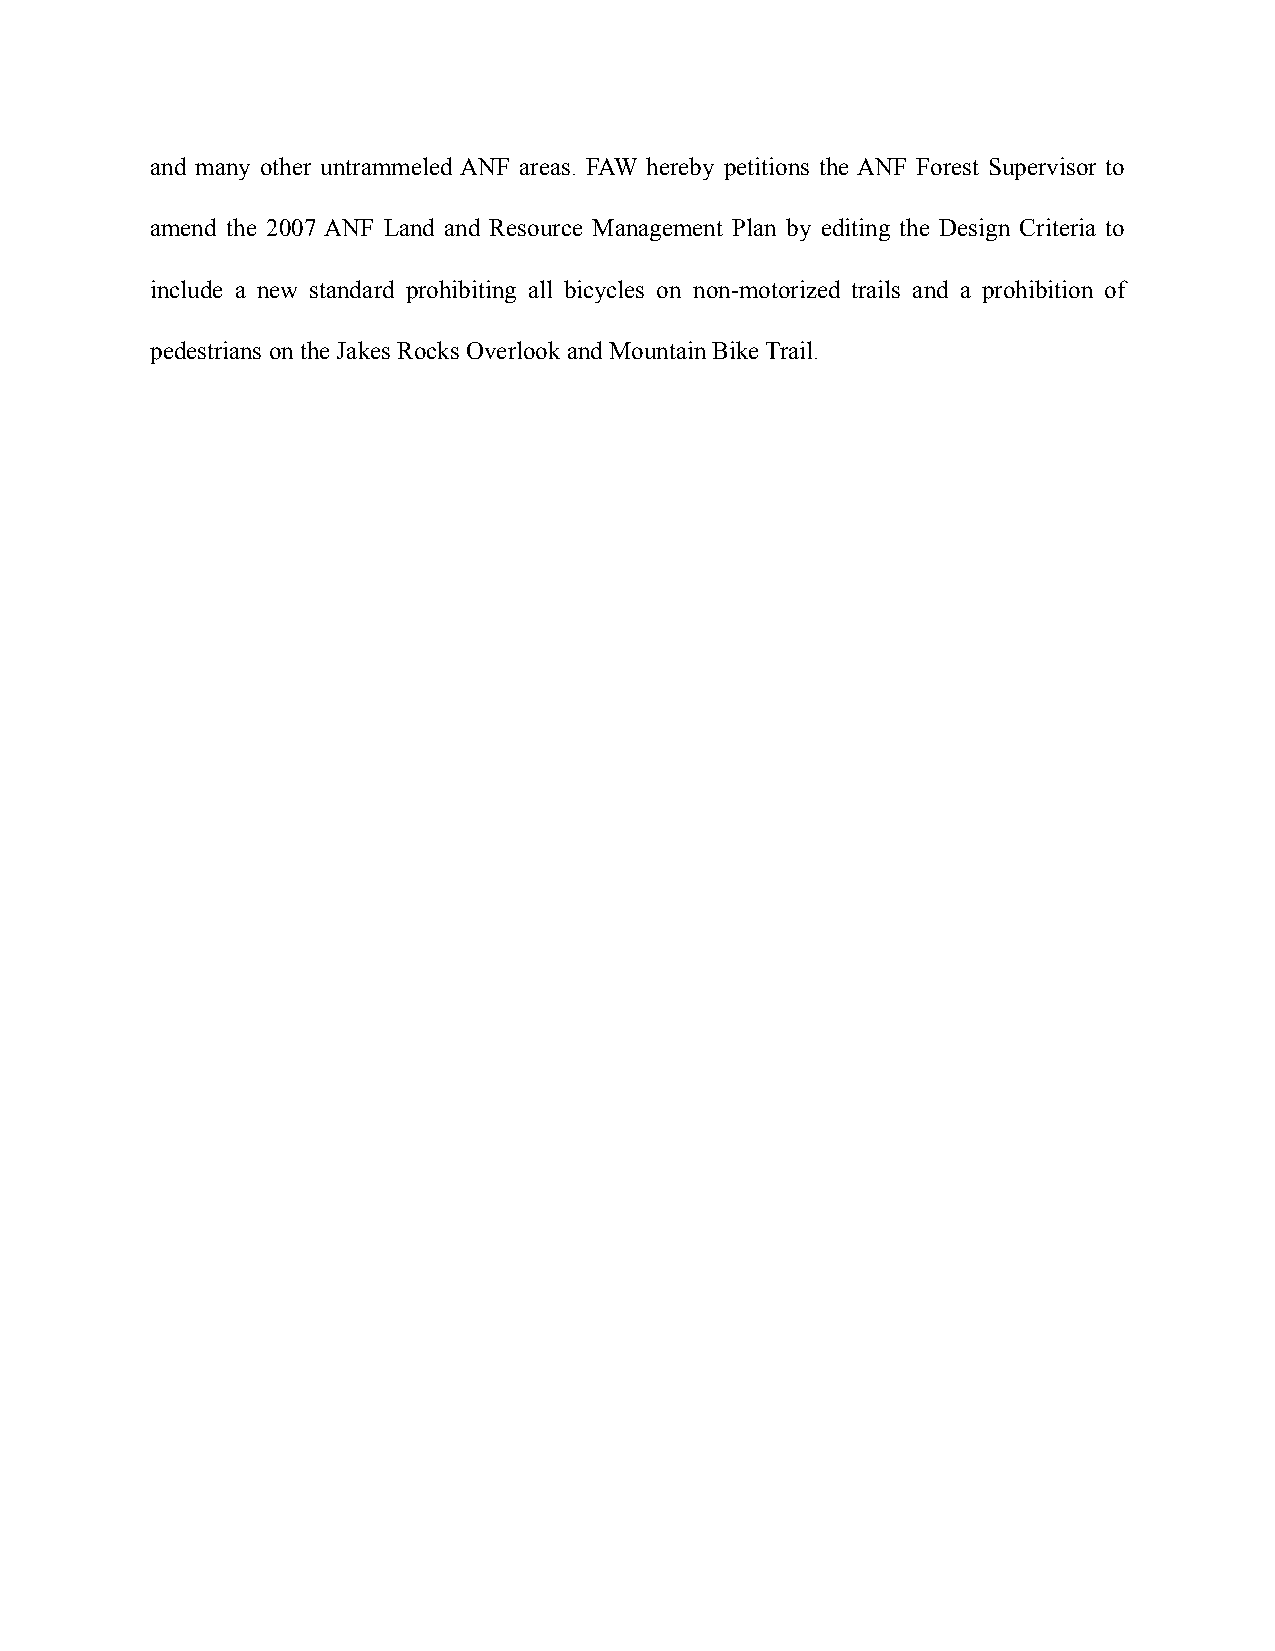
and many other untrammeled ANF areas. FAW hereby petitions the ANF Forest Supervisor to
 amend the 2007 ANF Land and Resource Management Plan by editing the Design Criteria to
 include a new standard prohibiting all bicycles on non-motorized trails and a prohibition of
 pedestrians on the Jakes Rocks Overlook and Mountain Bike Trail.